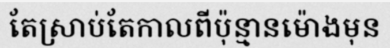
តែស្រាប់តែកាលពីប៉ុន្មានម៉ោងមុន